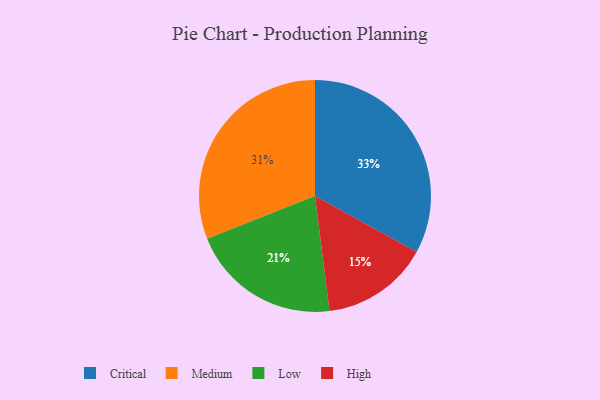
{"axis": {"x": "Category", "y": "Percentage"}, "legend": ["Critical", "High", "Low", "Medium"], "data": [{"x": "High", "y": 15, "type": "High"}, {"x": "Critical", "y": 33, "type": "Critical"}, {"x": "Medium", "y": 31, "type": "Medium"}, {"x": "Low", "y": 21, "type": "Low"}]}